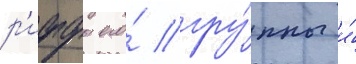
р'иффы его́ гру́ппы и́